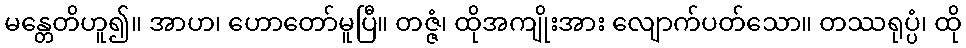
မန္တေတိဟူ၍။ အာဟ၊ ဟောတော်မူပြီ။ တဇ္ဇံ၊ ထိုအကျိုးအား လျောက်ပတ်သော။ တဿရုပ္ပံ၊ ထို